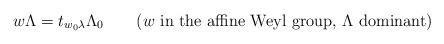
LaTeX: \begin{align*}w\Lambda= t_{w_0\lambda}\Lambda_0 \quad\quad\textup{($w$ in the affine Weyl group, $\Lambda$ dominant)}\end{align*}